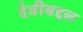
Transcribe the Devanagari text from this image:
देवीबद्दल